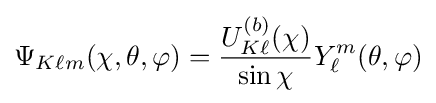
\Psi _{K\ell m}(\chi ,\theta ,\varphi )={\frac {U_{K\ell }^{(b)}(\chi )}{\sin \chi }}Y_{\ell }^{m}(\theta ,\varphi )